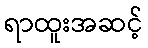
ရာထူးအဆင့်